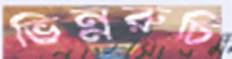
ভিন্নরুচি